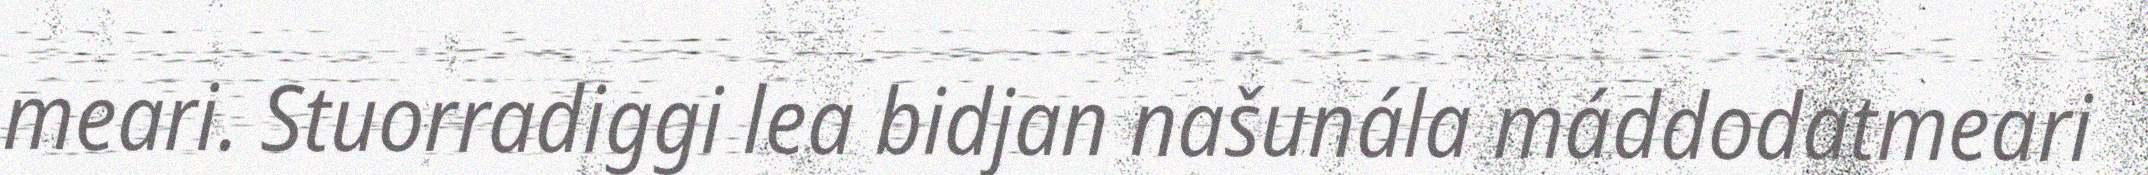
meari. Stuorradiggi lea bidjan našunála máddodatmeari